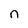
Character: n